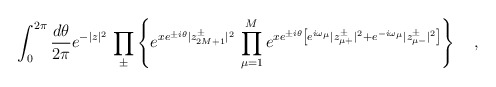
\begin{align*}\int_0^{2\pi}\frac{d\theta}{2\pi}e^{-|z|^2}\,\prod_\pm\left\{e^{xe^{\pm i\theta}|z^\pm_{2M+1}|^2}\,\prod_{\mu=1}^M e^{xe^{\pm i\theta}\left[e^{i\omega_\mu}|z^\pm_{\mu+}|^2+e^{-i\omega_\mu}|z^\pm_{\mu-}|^2\right]}\right\}\ \ \ ,\end{align*}